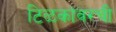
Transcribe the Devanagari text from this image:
टिळकांवरची